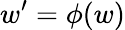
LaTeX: {w^{\prime}=\phi(w)}